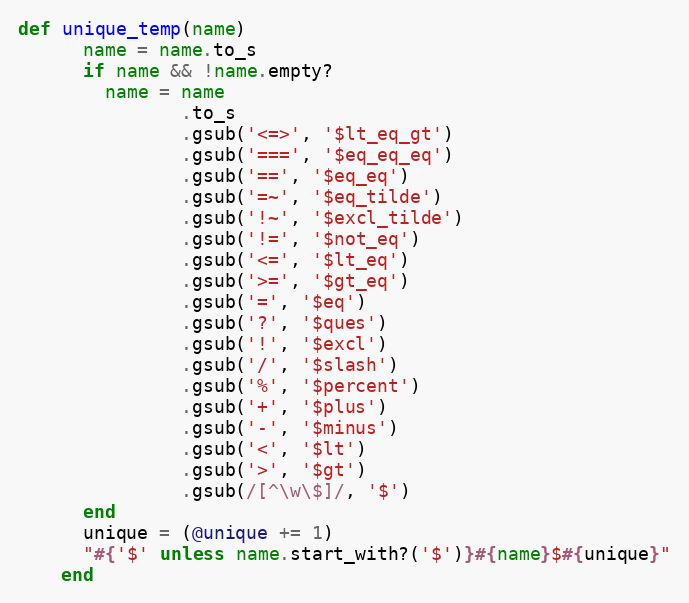
Language: Ruby
def unique_temp(name)
      name = name.to_s
      if name && !name.empty?
        name = name
               .to_s
               .gsub('<=>', '$lt_eq_gt')
               .gsub('===', '$eq_eq_eq')
               .gsub('==', '$eq_eq')
               .gsub('=~', '$eq_tilde')
               .gsub('!~', '$excl_tilde')
               .gsub('!=', '$not_eq')
               .gsub('<=', '$lt_eq')
               .gsub('>=', '$gt_eq')
               .gsub('=', '$eq')
               .gsub('?', '$ques')
               .gsub('!', '$excl')
               .gsub('/', '$slash')
               .gsub('%', '$percent')
               .gsub('+', '$plus')
               .gsub('-', '$minus')
               .gsub('<', '$lt')
               .gsub('>', '$gt')
               .gsub(/[^\w\$]/, '$')
      end
      unique = (@unique += 1)
      "#{'$' unless name.start_with?('$')}#{name}$#{unique}"
    end